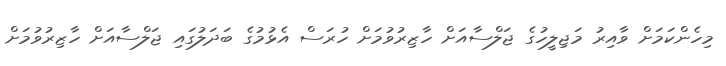
މިހެންކަމަށް ވާއިރު މަޖިލީހުގެ ޖަލްސާއަށް ހާޒިރުވުމަށް ހުރަސް އެޅުމުގެ ބަދަލުގައި ޖަލްސާއަށް ހާޒިރުވުމަށް